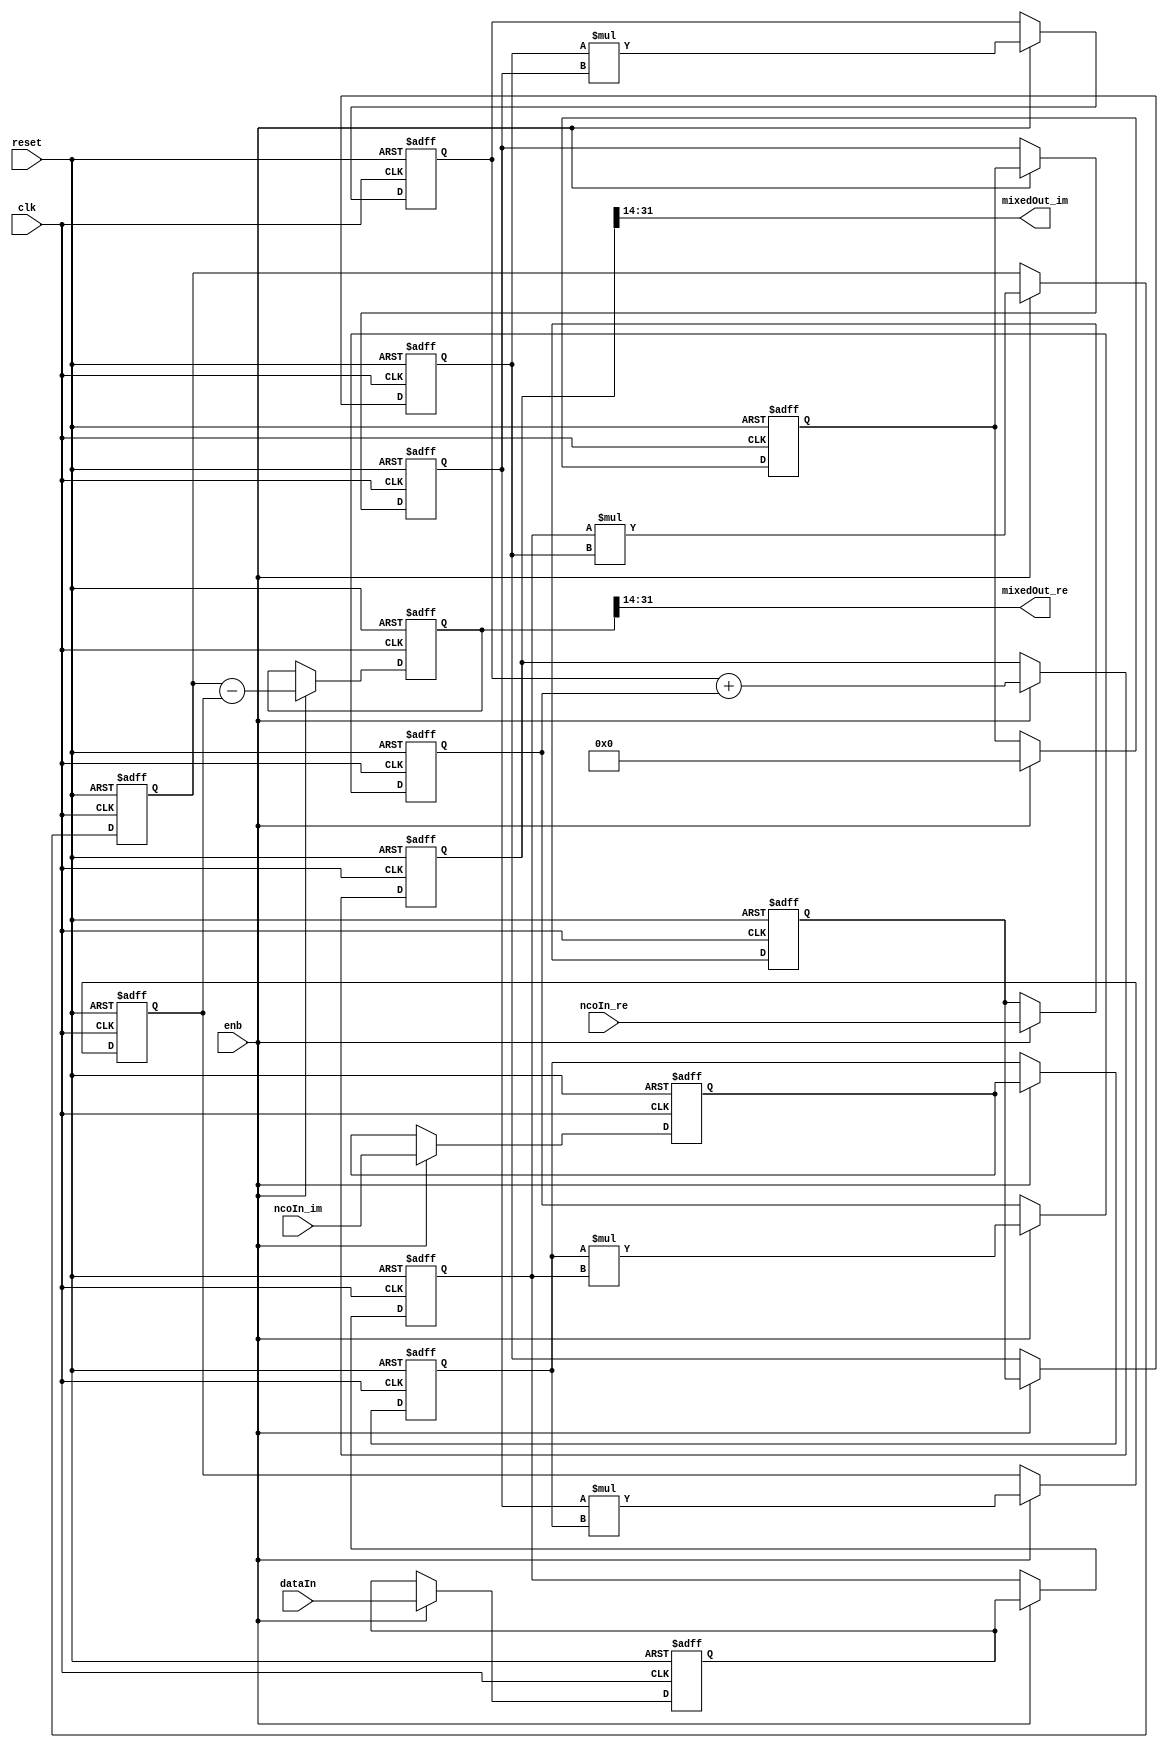
// -------------------------------------------------------------
// 
// 
// Generated by MATLAB 9.13 and HDL Coder 4.0
// 
// -------------------------------------------------------------


// -------------------------------------------------------------
// 
// Module: Mixer
// Source Path: DUCforLTEHDL/HDL_DUC/Mixer
// Hierarchy Level: 1
// 
// -------------------------------------------------------------

`timescale 1 ns / 1 ns

module Mixer
          (clk,
           reset,
           enb,
           dataIn,
           ncoIn_re,
           ncoIn_im,
           mixedOut_re,
           mixedOut_im);


  input   clk;
  input   reset;
  input   enb;
  input   signed [17:0] dataIn;  // sfix18_En14
  input   signed [17:0] ncoIn_re;  // sfix18_En16
  input   signed [17:0] ncoIn_im;  // sfix18_En16
  output  signed [17:0] mixedOut_re;  // sfix18_En16
  output  signed [17:0] mixedOut_im;  // sfix18_En16


  wire signed [17:0] Complex_to_Real_Imag_out1;  // sfix18_En14
  wire signed [17:0] Complex_to_Real_Imag_out2;  // sfix18_En14
  reg signed [17:0] Delay1_reg [0:1];  // sfix18 [2]
  wire signed [17:0] Delay1_reg_next [0:1];  // sfix18_En14 [2]
  wire signed [17:0] Delay1_out1;  // sfix18_En14
  reg signed [17:0] Delay3_reg [0:1];  // sfix18 [2]
  wire signed [17:0] Delay3_reg_next [0:1];  // sfix18_En16 [2]
  wire signed [17:0] Delay3_out1;  // sfix18_En16
  wire signed [35:0] Product1_out1;  // sfix36_En30
  reg signed [35:0] Delay6_out1;  // sfix36_En30
  reg signed [17:0] Delay2_reg [0:1];  // sfix18 [2]
  wire signed [17:0] Delay2_reg_next [0:1];  // sfix18_En14 [2]
  wire signed [17:0] Delay2_out1;  // sfix18_En14
  reg signed [17:0] Delay4_reg [0:1];  // sfix18 [2]
  wire signed [17:0] Delay4_reg_next [0:1];  // sfix18_En16 [2]
  wire signed [17:0] Delay4_out1;  // sfix18_En16
  wire signed [35:0] Product2_out1;  // sfix36_En30
  reg signed [35:0] Delay7_out1;  // sfix36_En30
  wire signed [36:0] Add_sub_cast;  // sfix37_En30
  wire signed [36:0] Add_sub_cast_1;  // sfix37_En30
  wire signed [36:0] Add_out1;  // sfix37_En30
  reg signed [36:0] Delay12_out1;  // sfix37_En30
  wire signed [17:0] Data_Type_Conversion1_out1;  // sfix18_En16
  wire signed [35:0] Product3_out1;  // sfix36_En30
  reg signed [35:0] Delay10_out1;  // sfix36_En30
  wire signed [35:0] Product4_out1;  // sfix36_En30
  reg signed [35:0] Delay11_out1;  // sfix36_En30
  wire signed [36:0] Add1_add_cast;  // sfix37_En30
  wire signed [36:0] Add1_add_cast_1;  // sfix37_En30
  wire signed [36:0] Add1_out1;  // sfix37_En30
  reg signed [36:0] Delay13_out1;  // sfix37_En30
  wire signed [17:0] Data_Type_Conversion2_out1;  // sfix18_En16

//  initial begin
//    Delay1_reg[0] = 18'sb000000000000000000;
//    Delay1_reg[1] = 18'sb000000000000000000;
//    Delay3_reg[0] = 18'sb000000000000000000;
//    Delay3_reg[1] = 18'sb000000000000000000;
//    Delay6_out1 = 36'sh000000000;
//    Delay2_reg[0] = 18'sb000000000000000000;
//    Delay2_reg[1] = 18'sb000000000000000000;
//    Delay4_reg[0] = 18'sb000000000000000000;
//    Delay4_reg[1] = 18'sb000000000000000000;
//    Delay7_out1 = 36'sh000000000;
//    Delay12_out1 = 37'sh0000000000;
//    Delay10_out1 = 36'sh000000000;
//    Delay11_out1 = 36'sh000000000;
//    Delay13_out1 = 37'sh0000000000;
//  end

  assign Complex_to_Real_Imag_out1 = dataIn;
  assign Complex_to_Real_Imag_out2 = 18'sb000000000000000000;



  always @(posedge clk or posedge reset)
    begin : Delay1_process
        if (reset == 1'b1) begin
            Delay1_reg[0] <= 18'sb000000000000000000;
            Delay1_reg[1] <= 18'sb000000000000000000;
        end 
      else begin
          if (enb) begin
            Delay1_reg[0] <= Delay1_reg_next[0];
            Delay1_reg[1] <= Delay1_reg_next[1];
          end
      end
    end

  assign Delay1_out1 = Delay1_reg[1];
  assign Delay1_reg_next[0] = Complex_to_Real_Imag_out1;
  assign Delay1_reg_next[1] = Delay1_reg[0];



  always @(posedge clk or posedge reset)
    begin : Delay3_process
    if (reset == 1'b1) begin
            Delay3_reg[0] <= 18'sb000000000000000000;
            Delay3_reg[1] <= 18'sb000000000000000000;
        end 
      else begin
          if (enb) begin
            Delay3_reg[0] <= Delay3_reg_next[0];
            Delay3_reg[1] <= Delay3_reg_next[1];
          end
      end
    end

  assign Delay3_out1 = Delay3_reg[1];
  assign Delay3_reg_next[0] = ncoIn_re;
  assign Delay3_reg_next[1] = Delay3_reg[0];



  assign Product1_out1 = Delay1_out1 * Delay3_out1;



  always @(posedge clk or posedge reset)
    begin : Delay6_process
        if (reset == 1'b1) begin
            Delay6_out1 <= 36'sh000000000;
        end 
      else begin
          if (enb) begin
            Delay6_out1 <= Product1_out1;
          end
      end
    end



  always @(posedge clk or posedge reset)
    begin : Delay2_process
    if (reset == 1'b1) begin
            Delay2_reg[0] <= 18'sb000000000000000000;
            Delay2_reg[1] <= 18'sb000000000000000000;
        end 
      else begin
      if (enb) begin
        Delay2_reg[0] <= Delay2_reg_next[0];
        Delay2_reg[1] <= Delay2_reg_next[1];
      end
      end
    end

  assign Delay2_out1 = Delay2_reg[1];
  assign Delay2_reg_next[0] = Complex_to_Real_Imag_out2;
  assign Delay2_reg_next[1] = Delay2_reg[0];



  always @(posedge clk or posedge reset)
    begin : Delay4_process
    if (reset == 1'b1) begin
            Delay4_reg[0] <= 18'sb000000000000000000;
            Delay4_reg[1] <= 18'sb000000000000000000;
        end 
      else begin
      if (enb) begin
        Delay4_reg[0] <= Delay4_reg_next[0];
        Delay4_reg[1] <= Delay4_reg_next[1];
      end
      end
    end

  assign Delay4_out1 = Delay4_reg[1];
  assign Delay4_reg_next[0] = ncoIn_im;
  assign Delay4_reg_next[1] = Delay4_reg[0];



  assign Product2_out1 = Delay2_out1 * Delay4_out1;



  always @(posedge clk or posedge reset)
    begin : Delay7_process
    if (reset == 1'b1) begin
            Delay7_out1 <= 36'sh000000000;
        end 
      else begin
      if (enb) begin
        Delay7_out1 <= Product2_out1;
      end
      end
    end



  assign Add_sub_cast = {Delay6_out1[35], Delay6_out1};
  assign Add_sub_cast_1 = {Delay7_out1[35], Delay7_out1};
  assign Add_out1 = Add_sub_cast - Add_sub_cast_1;



  always @(posedge clk or posedge reset)
    begin : Delay12_process
    if (reset == 1'b1) begin
            Delay12_out1 <= 37'sh0000000000;
        end 
      else begin
      if (enb) begin
        Delay12_out1 <= Add_out1;
      end
      end
    end



  assign Data_Type_Conversion1_out1 = Delay12_out1[31:14];



  assign mixedOut_re = Data_Type_Conversion1_out1;

  assign Product3_out1 = Delay3_out1 * Delay2_out1;



  always @(posedge clk or posedge reset)
    begin : Delay10_process
    if (reset == 1'b1) begin
            Delay10_out1 = 36'sh000000000;
        end 
      else begin
      if (enb) begin
        Delay10_out1 <= Product3_out1;
      end
      end
    end



  assign Product4_out1 = Delay4_out1 * Delay1_out1;



  always @(posedge clk or posedge reset)
    begin : Delay11_process
    if (reset == 1'b1) begin
            Delay11_out1 = 36'sh000000000;
        end 
      else begin
      if (enb) begin
        Delay11_out1 <= Product4_out1;
      end
      end
    end



  assign Add1_add_cast = {Delay10_out1[35], Delay10_out1};
  assign Add1_add_cast_1 = {Delay11_out1[35], Delay11_out1};
  assign Add1_out1 = Add1_add_cast + Add1_add_cast_1;



  always @(posedge clk or posedge reset)
    begin : Delay13_process
    if (reset == 1'b1) begin
            Delay13_out1 = 37'sh0000000000;
        end 
      else begin
      if (enb) begin
        Delay13_out1 <= Add1_out1;
      end
      end
    end



  assign Data_Type_Conversion2_out1 = Delay13_out1[31:14];



  assign mixedOut_im = Data_Type_Conversion2_out1;

endmodule  // Mixer